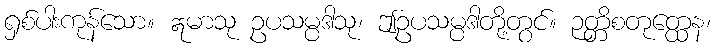
ရှစ်ပါးကုန်သော။ ဣမာသု ဥပသမ္ပဒါသု၊ ဤဥပသမ္ပဒါတို့တွင်။ ဉတ္တိစတုတ္ထေန၊